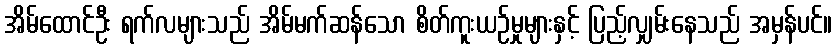
အိမ်ထောင်ဦး ရက်လများသည် အိမ်မက်ဆန်သော စိတ်ကူးယဉ်မှုများနှင့် ပြည့်လျှမ်းနေသည် အမှန်ပင်။